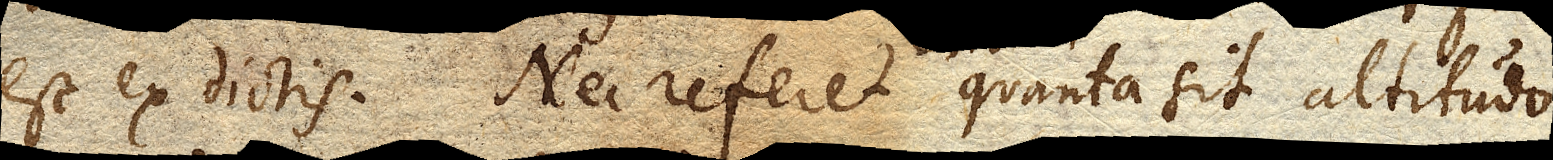
est ex dictis. Nec referet quanta sit altitudo